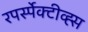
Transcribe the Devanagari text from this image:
रपर्स्पेक्टीव्ह्स